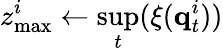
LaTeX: z_{\mathrm{max}}^{i}\leftarrow\underset{t}{\operatorname*{sup}}(\xi(\textbf{q}_{t}^{i}))